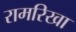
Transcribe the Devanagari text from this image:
रामरिखा